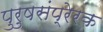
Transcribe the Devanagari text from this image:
पुरुषसंप्रेरक